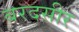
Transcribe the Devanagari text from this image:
बरदसीर